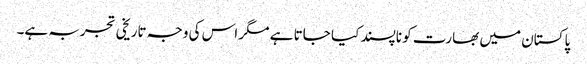
پاکستان میں بھارت کو ناپسند کیا جاتا ہے مگر اس کی وجہ تاریخی تجربہ ہے۔